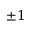
\pm 1